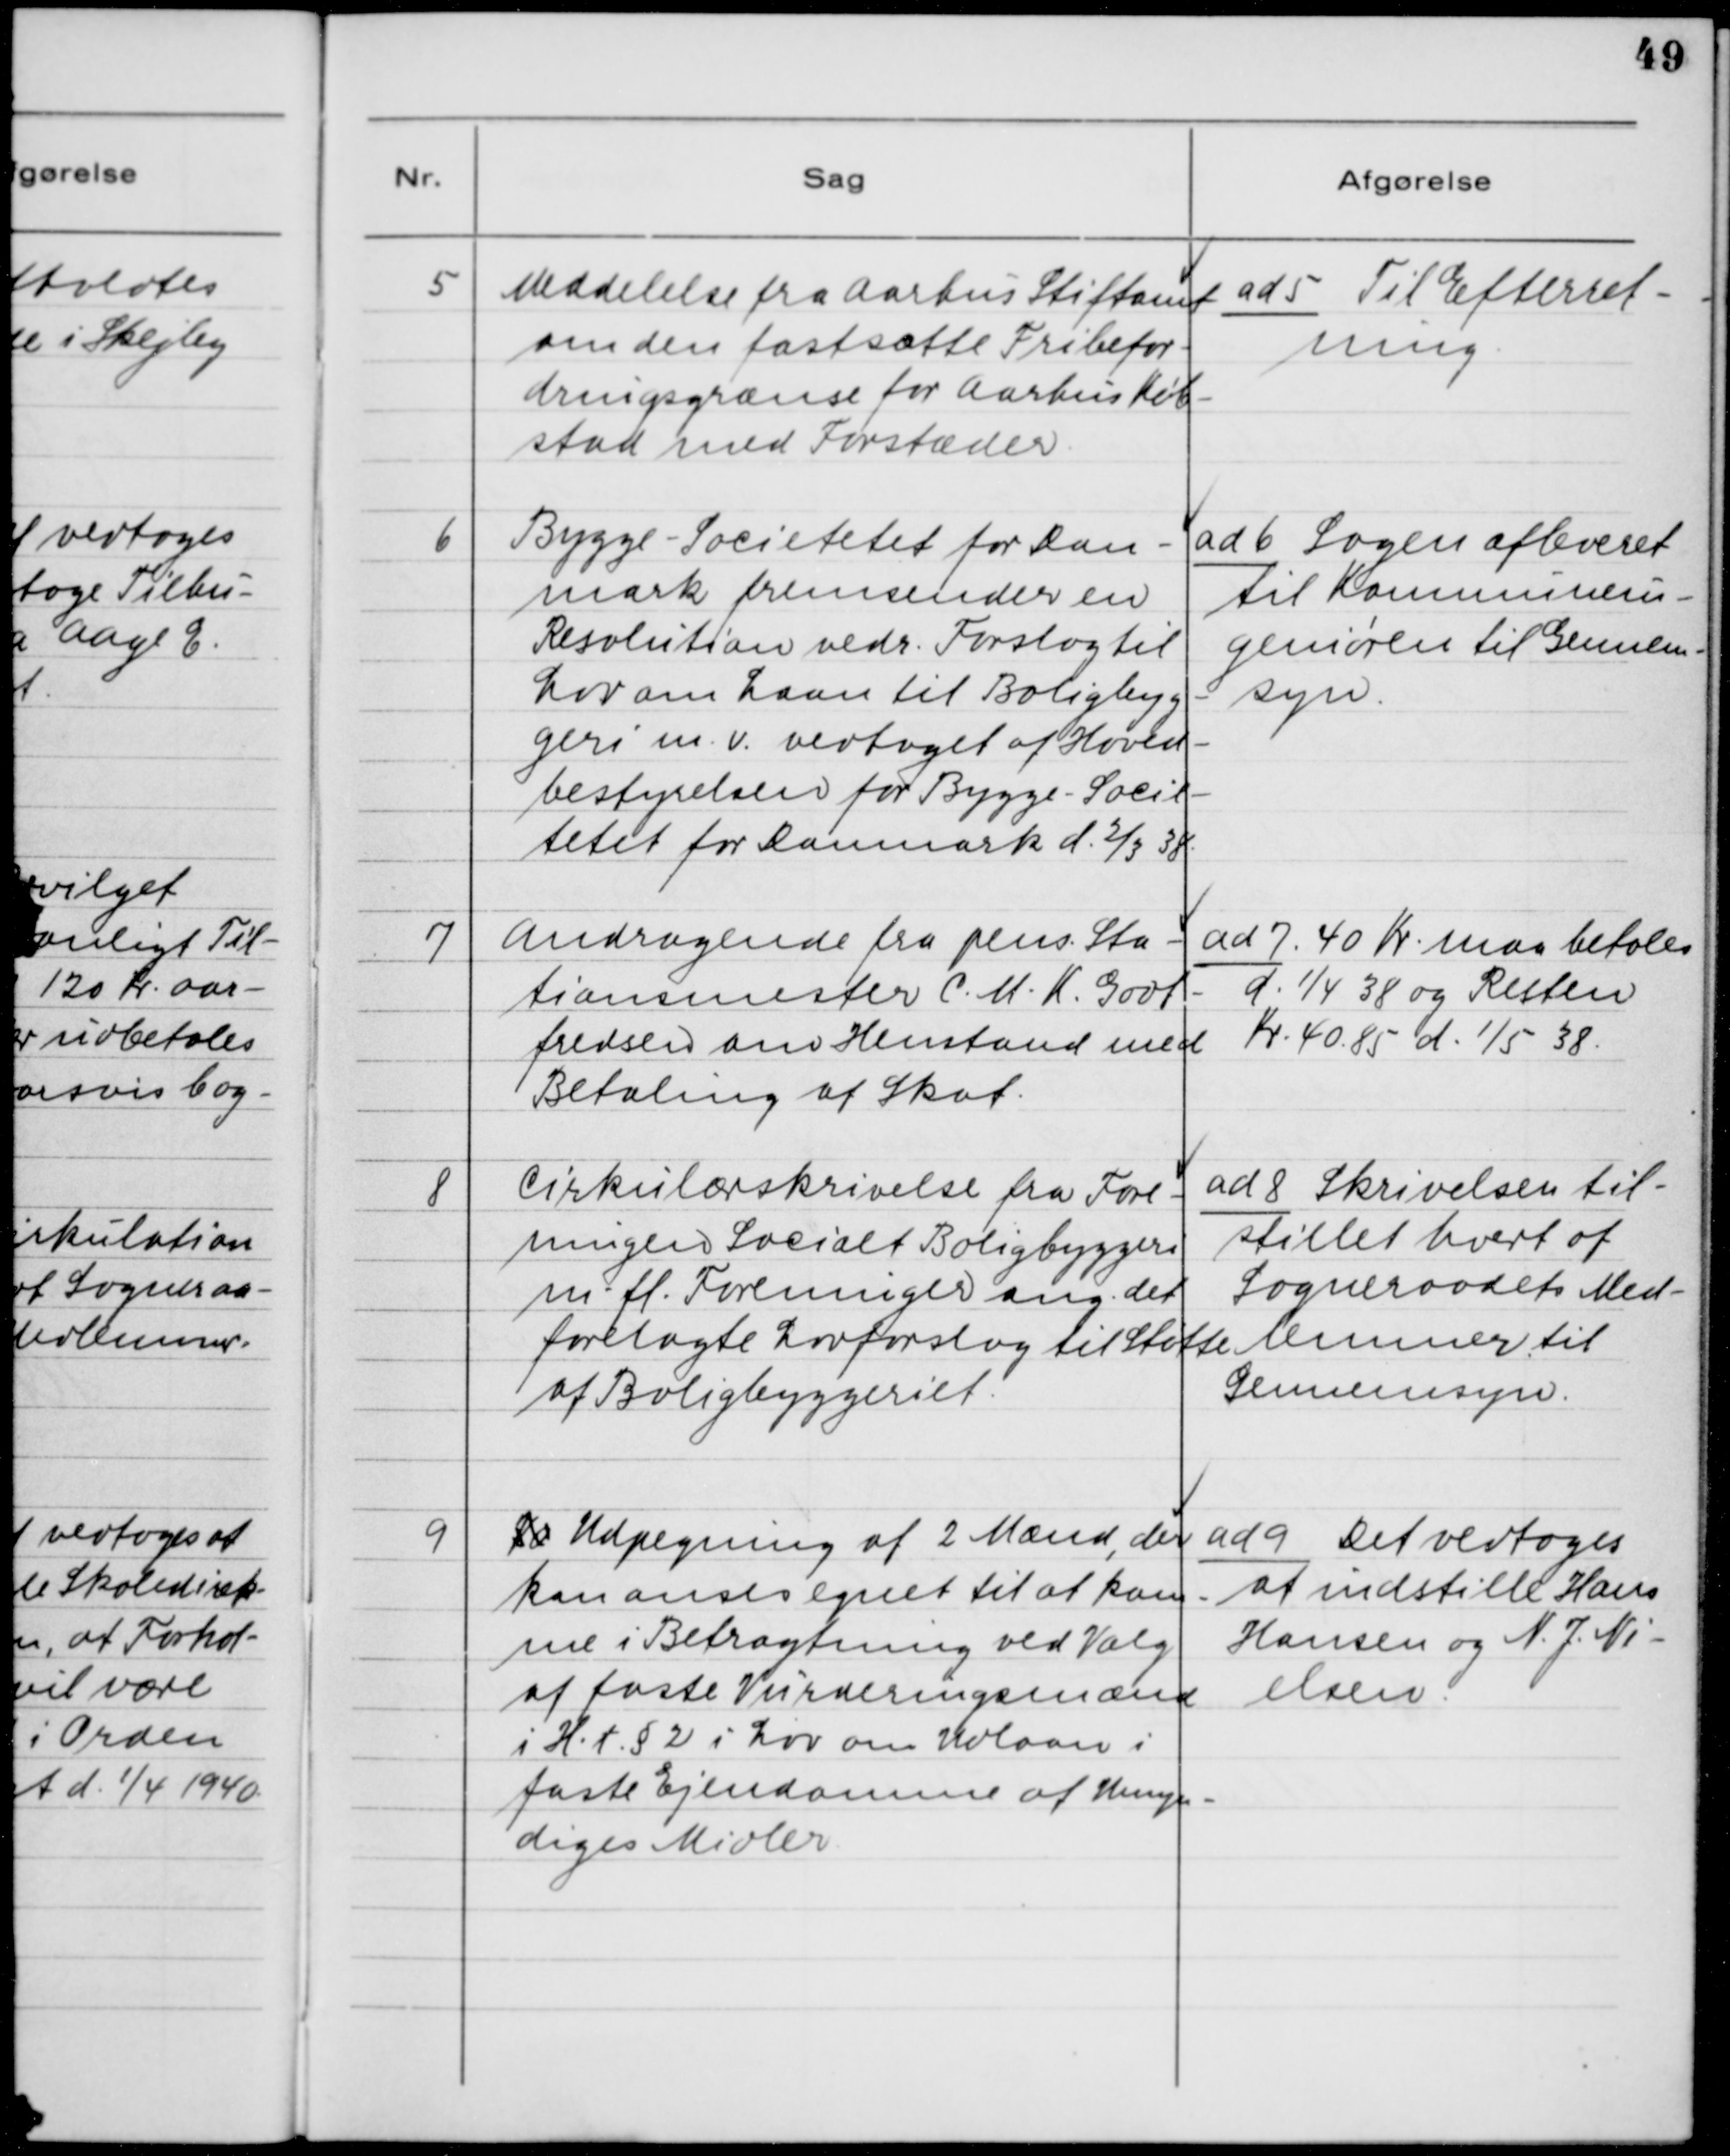
Transskription:
5. Meddelelse fra Aarhus Stiftsamt
om den fastsatte Fribefor-
dringsgrænse for Aarhus Køb-
stad med Forstæder.

ad 5. Til Efterret-
ning.

6. Bygge - Societetet for Dan-
mark fremsender en
Resolution vedr. Forslag til
Lov om Laan til Boligbyg-
geri m.v. vedtaget af Hoved-
bestyrelsen for Bygge - Socie-
tetet for Danmark d. 2/3 38.

ad 6. Sagen afleveret
til Kommunein-
geniøren til Gennem-
syn.

7. Andragende fra pens. Sta-
tionsmester C. M. K. Godt-
fredsen om Henstand med
Betaling af Skat.

ad 7. 40 Kr. maa betales
d. 1/4 38 og Resten
Kr. 40.85 d. 1/5 38.

8. Cirkulæreskrivelse fra Fore-
ningen Socialt Boligbyggeri
m.fl. Foreninger ang. det
forelagte Lovforslag til Støtte
af Boligbyggeriet.

ad 8. Skrivelsen til-
stillet hvert af
Sogneraadets Med-
lemmer til
Gennemsyn.

9. Fo Udpegning af 2 Mænd, der
kan anses egnet til at kom-
me i Betragtning ved Valg
af faste Vurderingsmænd
i H.t. §2 i Lov om Udlaan i
faste Ejendomme af Umyn-
diges Midler.

ad 9. Det vedtoges
at indstille Hans
Hansen og N. J. Ni-
elsen.